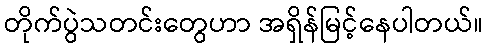
တိုက်ပွဲသတင်းတွေဟာ အရှိန်မြင့်နေပါတယ်။